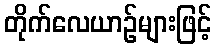
တိုက်လေယာဉ်များဖြင့်